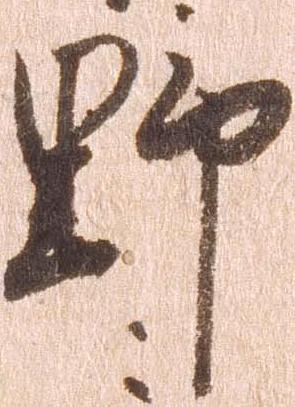
野